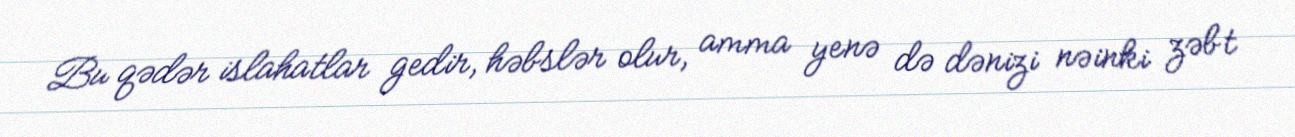
Bu qədər islahatlar gedir, həbslər olur, amma yenə də dənizi nəinki zəbt